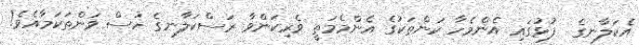
އެކަލާނގެ  ފުޅުގައި އެންމެހާ ކަންތަކުގެ އެންމެމަތީ ވެރިކަންވާ ރަސްކަލާނގެ ހުސް ވަންތަކަމާއެވެ!